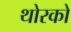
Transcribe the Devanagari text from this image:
थोरको